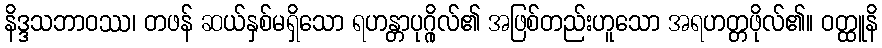
နိဒ္ဒသဘာဝဿ၊ တဖန် ဆယ်နှစ်မရှိသော ရဟန္တာပုဂ္ဂိုလ်၏ အဖြစ်တည်းဟူသော အရဟတ္တဖိုလ်၏။ ဝတ္ထူနိ